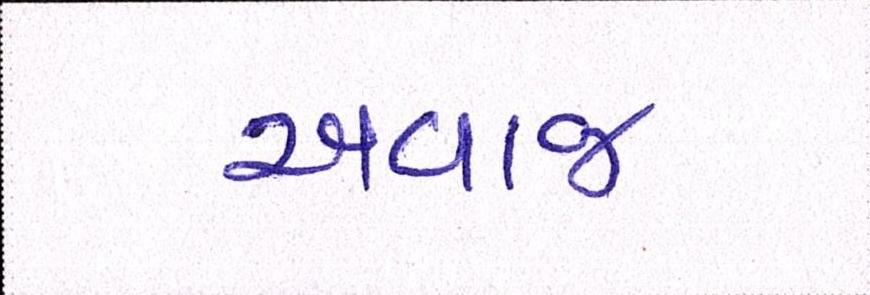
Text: અવાજ